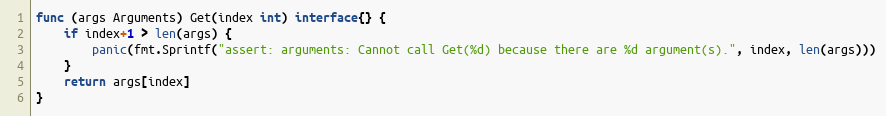
Language: Go
func (args Arguments) Get(index int) interface{} {
	if index+1 > len(args) {
		panic(fmt.Sprintf("assert: arguments: Cannot call Get(%d) because there are %d argument(s).", index, len(args)))
	}
	return args[index]
}